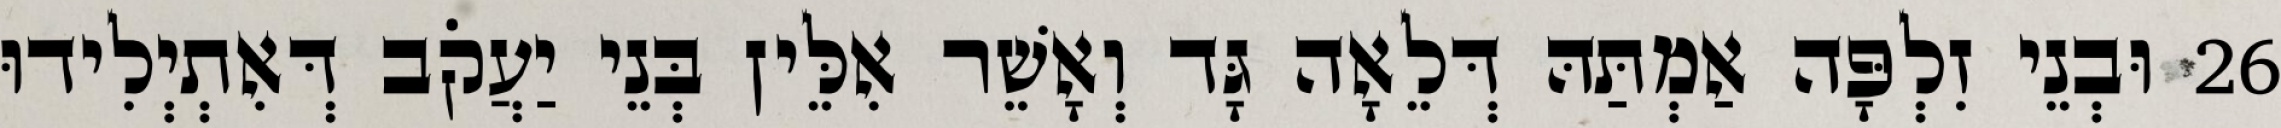
26 וּבְנֵי זִלְפָּה אַמְתַּהּ דְּלֵאָה גָּד וְאָשֵׁר אִלֵּין בְּנֵי יַעֲקֹב דְּאִתְיְלִידוּ